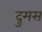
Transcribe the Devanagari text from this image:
दुमस